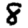
Digit: 8